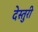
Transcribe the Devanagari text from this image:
देस्तुरी